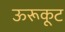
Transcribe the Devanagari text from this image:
ऊरूकूट